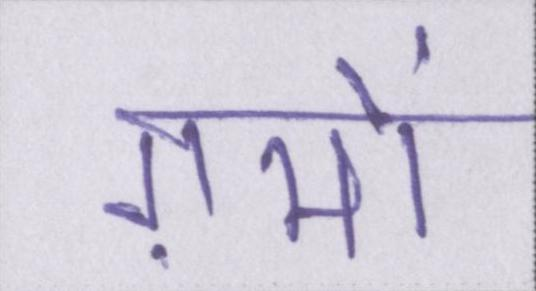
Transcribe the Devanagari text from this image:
ग़मों